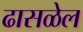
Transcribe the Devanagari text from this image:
ढासळेल